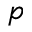
p